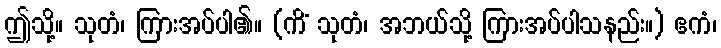
ဤသို့။ သုတံ၊ ကြားအပ်ပါ၏။ (ကိံ သုတံ၊ အဘယ်သို့ ကြားအပ်ပါသနည်း။) ဧကံ၊